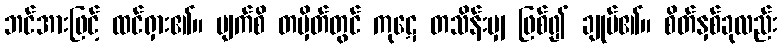
ဘင်အားဖြင့် ထင်ရှား၏။ မျက်စိ တမှိတ်တွင် ကုဋေ တသိန်းမျှ ဖြစ်၍ ချုပ်၏။ စိတ်နှစ်ခုလည်း